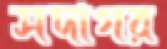
সদাগর